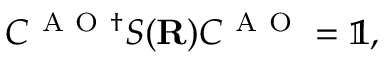
C ^ { \mathrm { ~ A ~ O ~ } \dagger } S ( { \mathbf { R } } ) C ^ { \mathrm { ~ A ~ O ~ } } = \mathbb { 1 } ,